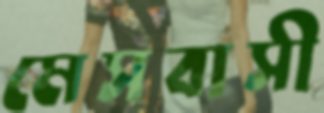
মেসবাসী